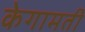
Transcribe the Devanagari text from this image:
केगामती